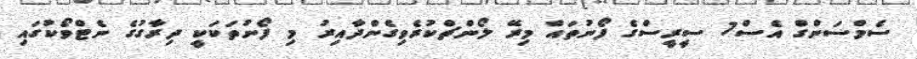
ސެމްސަންގް އެސް7 ސީރީސްގެ ފޯނުތައް މިރޭ ލޯންޗްކުރެވިގެންދާއިރު މި ފޯނުތަކަކީ ދިރާގުގެ ނެޓްވޯކުގައި